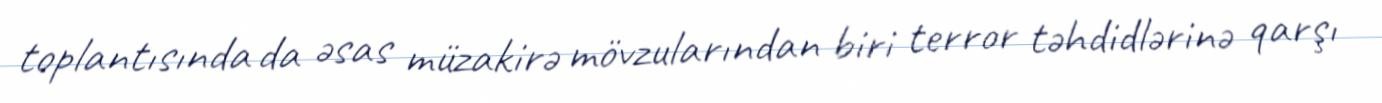
toplantısında da əsas müzakirə mövzularından biri terror təhdidlərinə qarşı